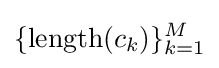
\{\mathrm {length} (c_{k})\}_{k=1}^{M}